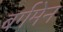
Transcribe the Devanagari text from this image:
बर्गमेन